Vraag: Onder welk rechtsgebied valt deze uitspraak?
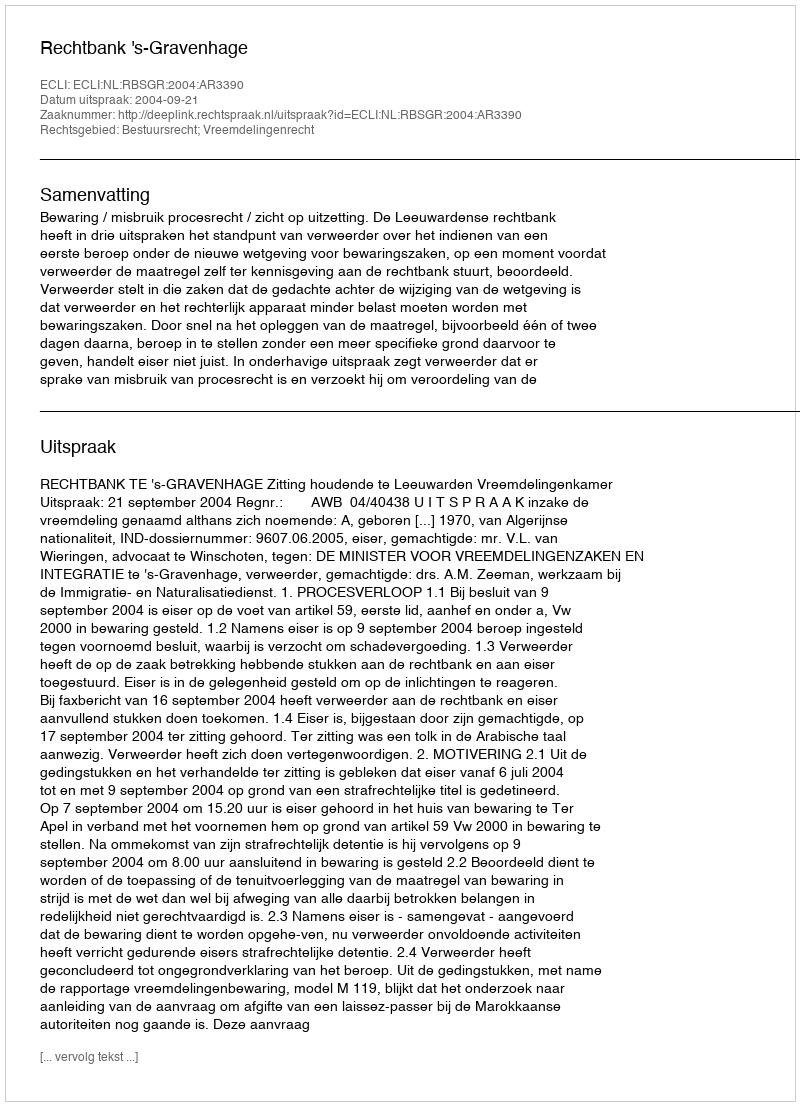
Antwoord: Bestuursrecht; Vreemdelingenrecht